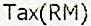
TAX(RM)